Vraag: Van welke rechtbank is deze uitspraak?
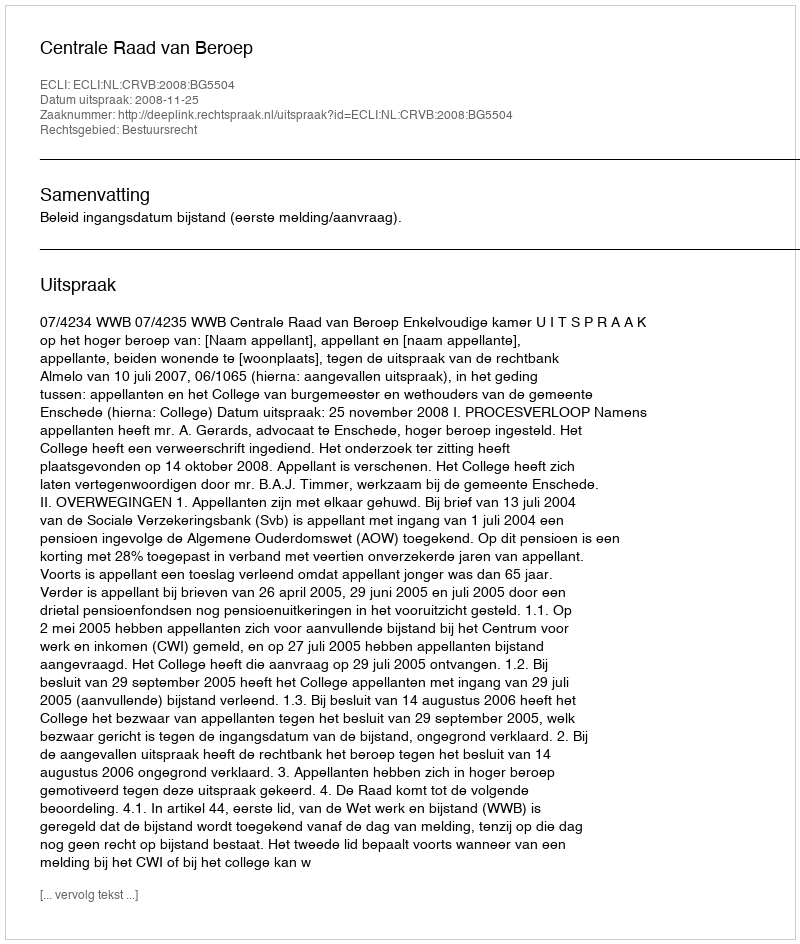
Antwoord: Centrale Raad van Beroep